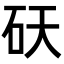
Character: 𬑾